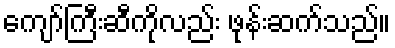
ကျော်ကြီးဆီကိုလည်း ဖုန်းဆက်သည်။